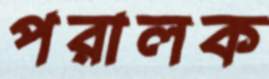
পরালক